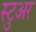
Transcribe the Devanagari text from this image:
स्टुअर